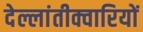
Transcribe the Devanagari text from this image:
देल्लांतीक्वारियों